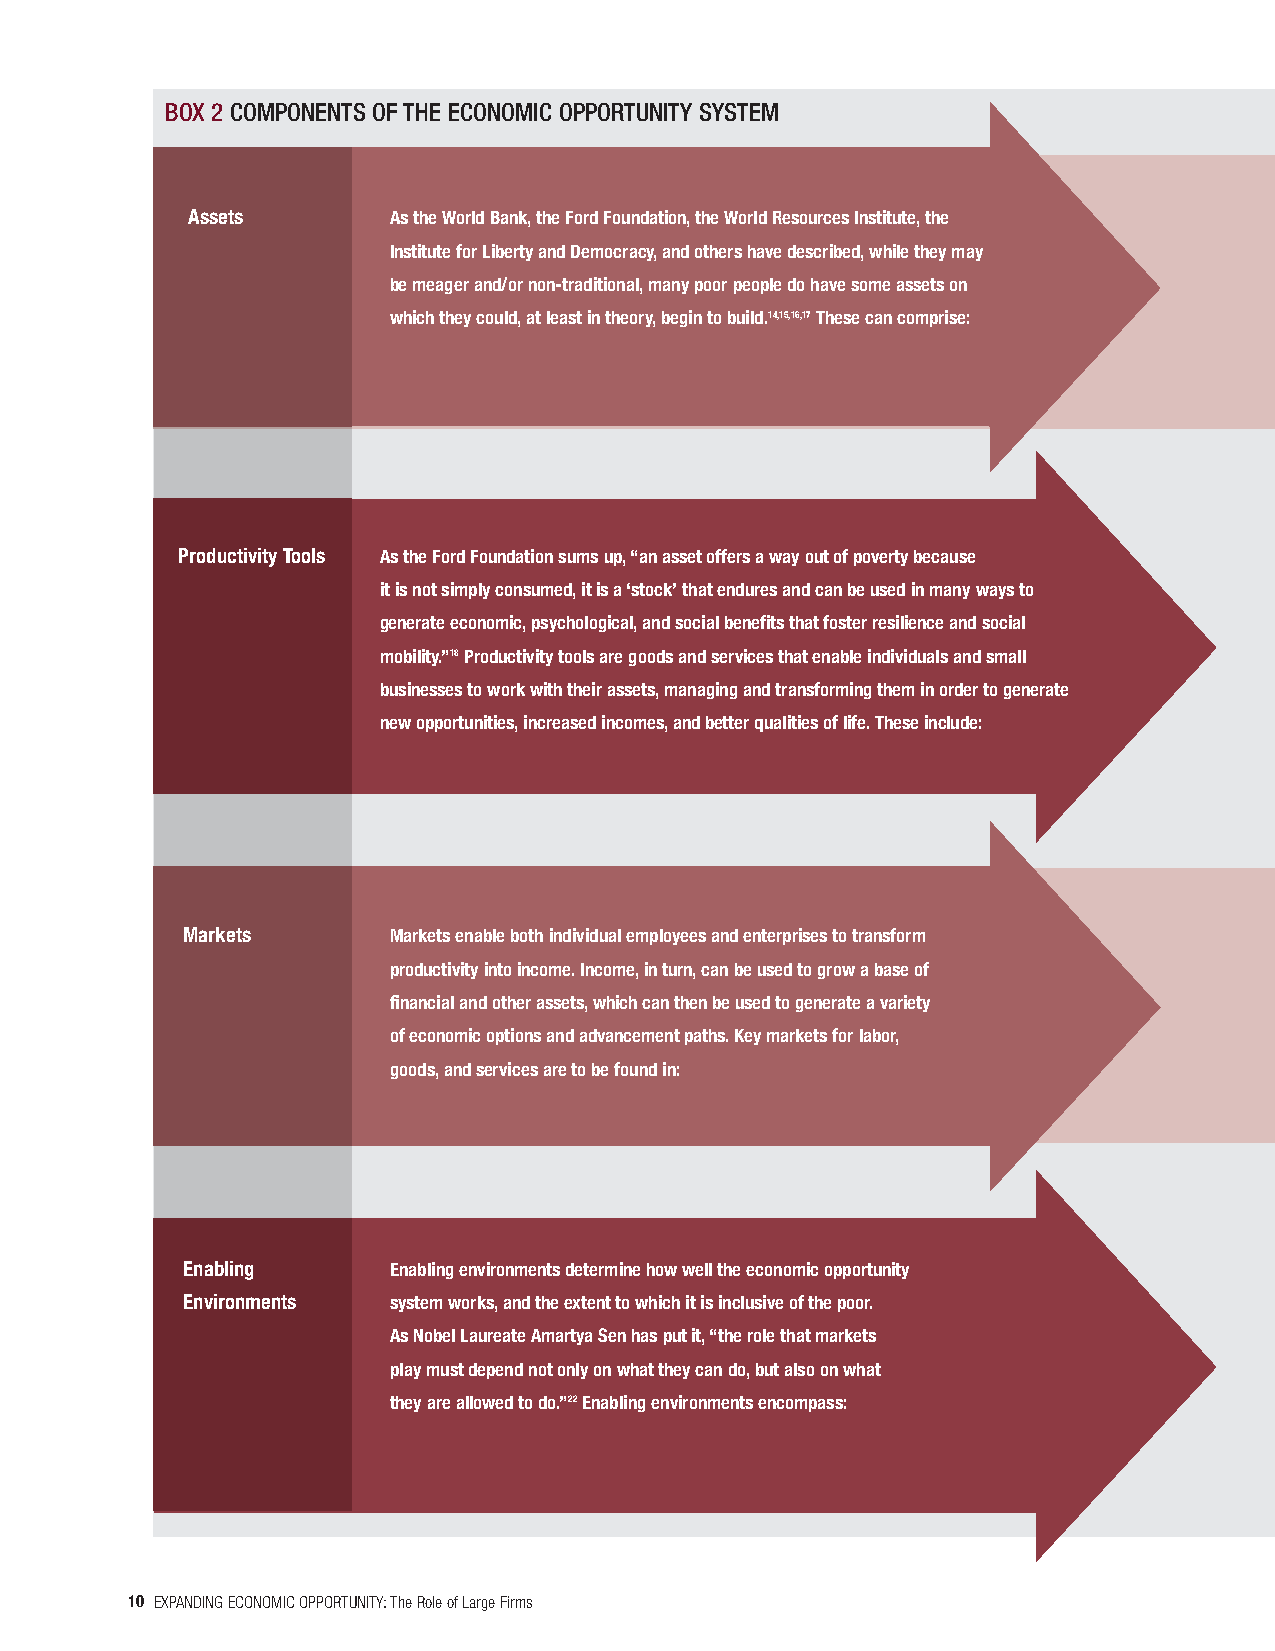
BOX 2 COMPONENTS OFTHE ECONOMIC OPPORTUNITY SYSTEM
 Assets        AstheWorldBank,theFordFoundation,theWorldResourcesInstitute,the
 InstituteforLibertyandDemocracy,andothershavedescribed,whiletheymay
 bemeagerand/ornon-traditional,manypoorpeopledohavesomeassetson
 whichtheycould,atleastintheory,begintobuild.14,15,16,17Thesecancomprise:
 ProductivityTools AstheFordFoundationsumsup,“anassetoffersawayoutofpovertybecause
 itisnotsimplyconsumed,itisa‘stock’thatenduresandcanbeusedinmanywaysto
 generateeconomic,psychological,andsocialbenefitsthatfosterresilienceandsocial
 mobility.”18Productivitytoolsaregoodsandservicesthatenableindividualsandsmall
 businessestoworkwiththeirassets,managingandtransformingtheminordertogenerate
 newopportunities,increasedincomes,andbetterqualitiesoflife.Theseinclude:
 Markets       Marketsenablebothindividualemployeesandenterprisestotransform
 productivityintoincome.Income,inturn,canbeusedtogrowabaseof
 financialandotherassets,whichcanthenbeusedtogenerateavariety
 ofeconomicoptionsandadvancementpaths.Keymarketsforlabor,
 goods,andservicesaretobefoundin:
 Enabling      Enablingenvironmentsdeterminehowwelltheeconomicopportunity
 Environments  systemworks,andtheextenttowhichitisinclusiveofthepoor.
 AsNobelLaureateAmartyaSenhasputit,“therolethatmarkets
 playmustdependnotonlyonwhattheycando,butalsoonwhat
 theyareallowedtodo.”22Enablingenvironmentsencompass:
 10 EXPANDINGECONOMICOPPORTUNITY:TheRoleofLargeFirms